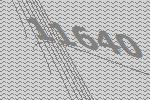
11640